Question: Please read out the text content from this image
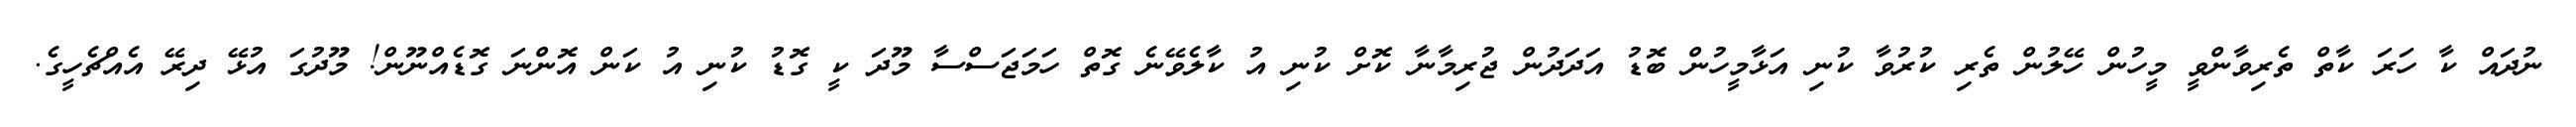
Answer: ނުދައް ކާ ހަރަ ކާތް ތެރިވާންވީ މީހުން ހޭލުން ތެރި ކުރުވާ ކުނި އަޅާމީހުން ބޮޑު އަދަދުން ޖުރިމާނާ ކޮށް ކުނި އު ކާލެވޭނެ ގޮތް ހަމަޖަސްސާ މޫދަ ކީ ގޮޑު ކުނި އު ކަން އޮންނަ ގޮޑެއްނޫން! މޫދުގަ އުޅޭ ދިރޭ އެއްޗެހީގެ.